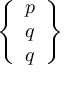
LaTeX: \left\{ { \begin{array} { l } { p } \\ { q } \\ { q } \end{array} } \right\}